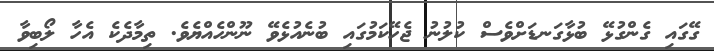
ގޭގައި ގެންގުޅޭ ބުޅާގަނޑަށްވެސް ކުލުނު ޖެހޭކަމުގައި ބުނެއުޅެވޭ ނޫންހެއްޔެވެ. ތިމާދެކެ އެހާ ލޯބިވާ